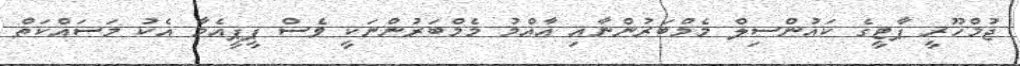
ޖުމްހޫރީ ޕާޓީގެ ކައުންސިލް މެމްބަރުންނާއި އާއްމު މެމްބަރުންނަކީ ވެސް ޕީޕީއެމާ އެކު މަސައްކަތް